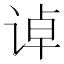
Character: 𰵳